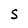
Character: S